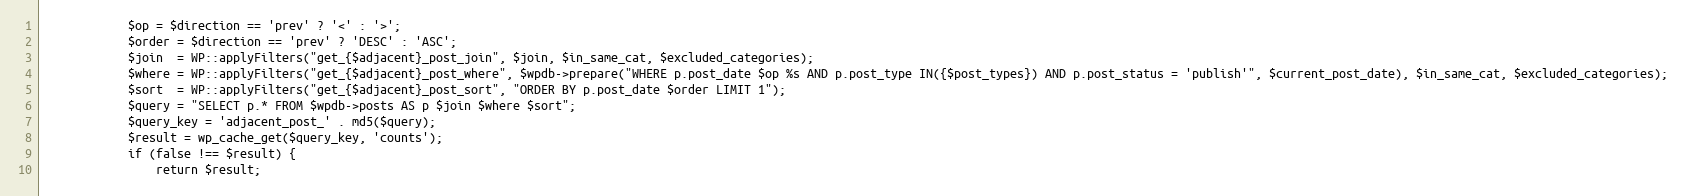
Language: PHP
            $op = $direction == 'prev' ? '<' : '>';
            $order = $direction == 'prev' ? 'DESC' : 'ASC';
            $join  = WP::applyFilters("get_{$adjacent}_post_join", $join, $in_same_cat, $excluded_categories);
            $where = WP::applyFilters("get_{$adjacent}_post_where", $wpdb->prepare("WHERE p.post_date $op %s AND p.post_type IN({$post_types}) AND p.post_status = 'publish'", $current_post_date), $in_same_cat, $excluded_categories);
            $sort  = WP::applyFilters("get_{$adjacent}_post_sort", "ORDER BY p.post_date $order LIMIT 1");
            $query = "SELECT p.* FROM $wpdb->posts AS p $join $where $sort";
            $query_key = 'adjacent_post_' . md5($query);
            $result = wp_cache_get($query_key, 'counts');
            if (false !== $result) {
                return $result;